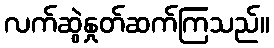
လက်ဆွဲနှုတ်ဆက်ကြသည်။